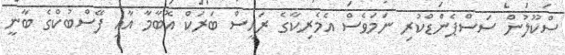
ސްކޫލުން ސަސްޕެންޑްކުރި ނަމަވެސް އެމެރިކާގެ ރައީސް ބަރަކް އޮބާމާ އާއި ފޭސްބުކްގެ ބާނީ